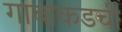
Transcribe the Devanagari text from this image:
गावाकडची